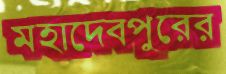
মহাদেবপুরের